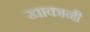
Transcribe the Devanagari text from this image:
खाकानी